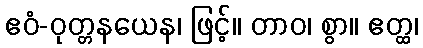
ဧဝံ-ဝုတ္တနယေန၊ ဖြင့်။ တာဝ၊ စွာ။ ဧတ္ထ၊